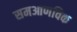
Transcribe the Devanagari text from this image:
समआणविक